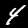
Label: 4